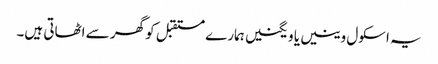
یہ اسکول وینیں یا ویگنیں ہمارے مستقبل کو گھر سے اٹھاتی ہیں۔